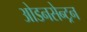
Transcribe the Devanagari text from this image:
ओडनसेन्ट्रन